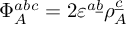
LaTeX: \Phi _ { A } ^ { a b c } = 2 \varepsilon ^ { a \underline { { { b } } } } \rho _ { A } ^ { \underline { { { c } } } }